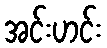
အင်းဟင်း